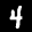
Label: 4